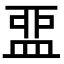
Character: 𥁶